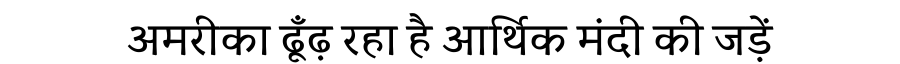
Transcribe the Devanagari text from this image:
अमरीका ढूँढ़ रहा है आर्थिक मंदी की जड़ें